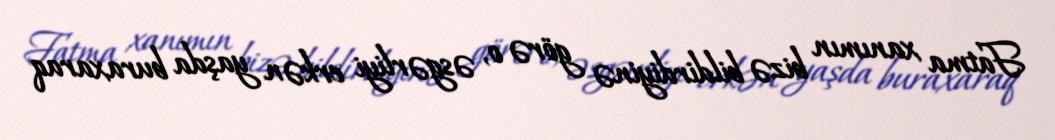
Fatma xanımın bizə bildirdiyinə görə o, əsgərliyi erkən yaşda buraxaraq